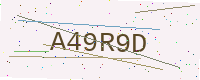
Text: A49R9D